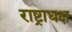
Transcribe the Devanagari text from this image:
राष्ट्राधक्ष